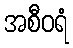
အစီဝရံ